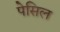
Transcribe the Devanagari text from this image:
पेसिल